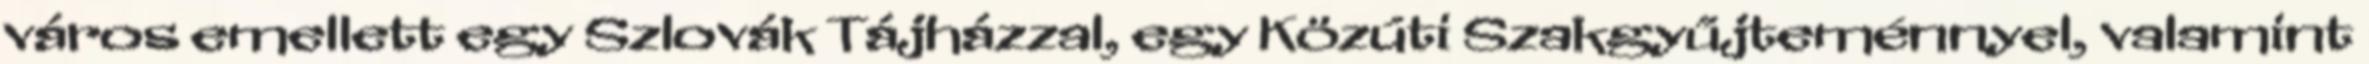
város emellett egy Szlovák Tájházzal, egy Közúti Szakgyűjteménnyel, valamint